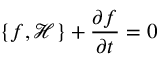
\{ f , { \mathcal { H } } \} + { \frac { \partial f } { \partial t } } = 0